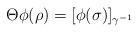
LaTeX: \begin{align*} \Theta\phi(\rho) = [\phi(\sigma)]_{\gamma^{-1}} \end{align*}